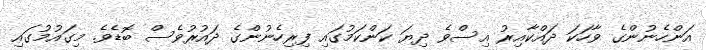
އަންހެނުންގެ ވާހަކަ ދައްކާއިރު އިސްވެ ދިޔަ ކަންކަމުގައި ފިރިހެނުންގެ ދައުރުވެސް ބޮޑެވެ. މިގައުމުގައި